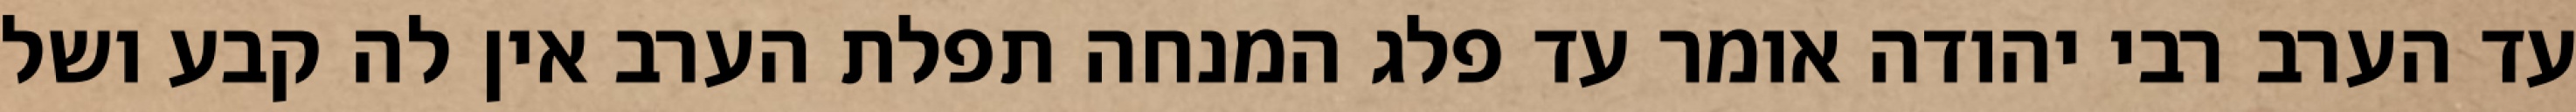
עד הערב רבי יהודה אומר עד פלג המנחה תפלת הערב אין לה קבע ושל